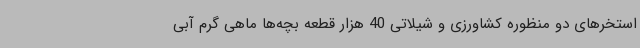
استخرهای دو منظوره کشاورزی و شیلاتی 40 هزار قطعه بچه‌ها ماهی گرم آبی